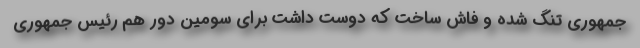
جمهوری تنگ شده و فاش ساخت که دوست داشت برای سومین دور هم رئیس جمهوری